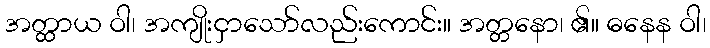
အတ္ထာယ ဝါ၊ အကျိုးငှာသော်လည်းကောင်း။ အတ္တနော၊ ၏။ ဓနေန ဝါ၊